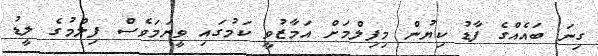
ގިނަ ބައެއްގެ ފާޑު ކިޔުން މިފިލްމަށް އަމާޒުވީ ކަމުގައި ވީނަމަވެސް ފިލްމުގެ ލީޑު